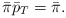
\begin{align*}\bar\pi\bar p_T = \bar \pi.\end{align*}